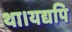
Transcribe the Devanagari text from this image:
था।यद्यपि